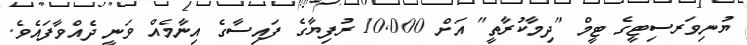
ޔުނިވަރސިޓީގެ ޓީމް "ދިމާކުރާތީ" އަށް 10